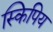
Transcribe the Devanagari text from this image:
स्किपिय